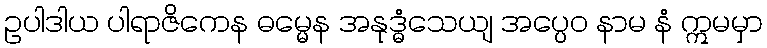
ဥပါဒါယ ပါရာဇိကေန ဓမ္မေန အနုဒ္ဓံသေယျ အပ္ပေဝ နာမ နံ ဣမမှာ